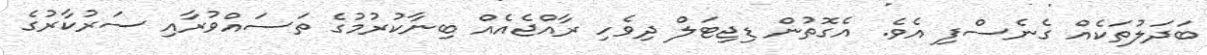
ބަދަލުތަކެއް ގެނެސްފި އެވެ. އެގޮތުން ޑިޖިޓަލް ދިވެހި ރާއްޖެއެއް ބިނާކުރުމުގެ ތަސައްވުރާއި ސަރުކާރުގެ